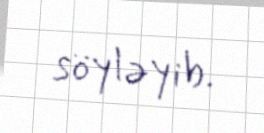
söyləyib.